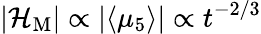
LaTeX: |{\cal H}_{\mathrm{M}}|\propto|\langle\mu_{5}\rangle|\propto t^{-2/3}